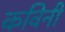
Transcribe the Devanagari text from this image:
कविनी